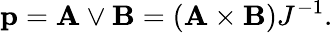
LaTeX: \mathbf{p}=\mathbf{A}\lor\mathbf{B}=(\mathbf{A}\times\mathbf{B})J^{-1}.